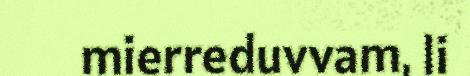
mierreduvvam, li